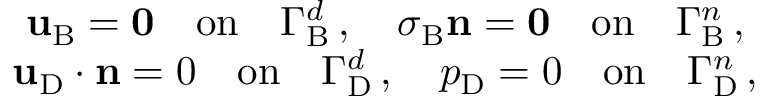
\begin{array} { c } { \displaystyle \mathbf { u } _ { \mathrm { B } } = { \mathbf { 0 } } { \quad \mathrm { o n } \quad } \Gamma _ { \mathrm { B } } ^ { d } \, , \quad { \boldsymbol \sigma } _ { \mathrm { B } } { \mathbf { n } } = { \mathbf { 0 } } { \quad \mathrm { o n } \quad } \Gamma _ { \mathrm { B } } ^ { n } \, , } \\ { \displaystyle \mathbf { u } _ { \mathrm { D } } \cdot { \mathbf { n } } = 0 { \quad \mathrm { o n } \quad } \Gamma _ { \mathrm { D } } ^ { d } \, , \quad p _ { \mathrm { D } } = 0 { \quad \mathrm { o n } \quad } \Gamma _ { \mathrm { D } } ^ { n } \, , } \end{array}